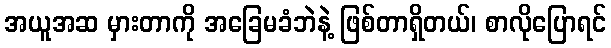
အယူအဆ မှားတာကို အခြေမခံဘဲနဲ့ ဖြစ်တာရှိတယ်၊ စာလိုပြောရင်